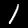
Label: 1